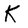
Character: K